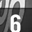
Digit: 6